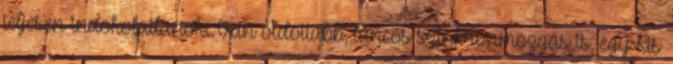
teljesen indokolatlanok. Van oldottabb, táncos szinkronmozgás is, egy kis